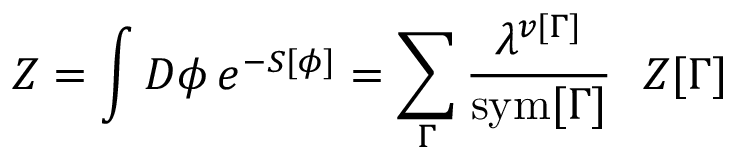
Z = \int { \cal D } \phi \, e ^ { - S [ \phi ] } = \sum _ { \Gamma } { \frac { \lambda ^ { v [ \Gamma ] } } { \mathrm { s y m } [ \Gamma ] } } \ \ Z [ \Gamma ]